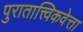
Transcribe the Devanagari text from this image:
पुरातात्त्विकवेत्ता